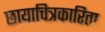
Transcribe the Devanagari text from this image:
छायाचित्रकारिता